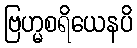
ဗြဟ္မစရိယေနပိ